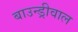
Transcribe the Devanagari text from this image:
बाउन्ड्रीवाल